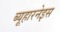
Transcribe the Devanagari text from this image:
ब्यूहारनेइस